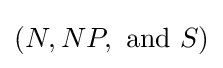
(N,NP,{\text{ and }}S)\,\!